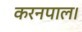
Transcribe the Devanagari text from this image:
करनपाल।